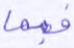
فبما